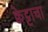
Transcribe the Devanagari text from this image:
क्वेट्टाचा